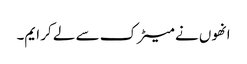
انھوں نے میٹرک سے لے کر ایم۔